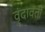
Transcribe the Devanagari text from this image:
वृंदावती